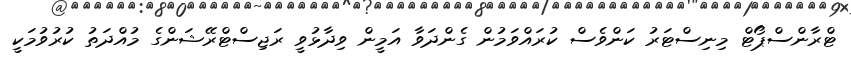
ޓްރާންސްޕޯޓް މިނިސްޓަރު ކަންވެސް ކުރައްވަމުން ގެންދަވާ އަމީން ވިދާޅުވީ ރަޖިސްޓްރޭޝަންގެ މުއްދަތު ކުރުވުމަކީ